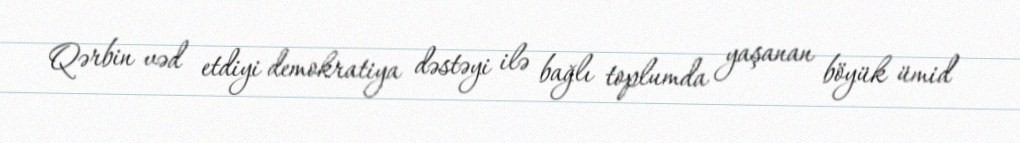
Qərbin vəd etdiyi demokratiya dəstəyi ilə bağlı toplumda yaşanan böyük ümid